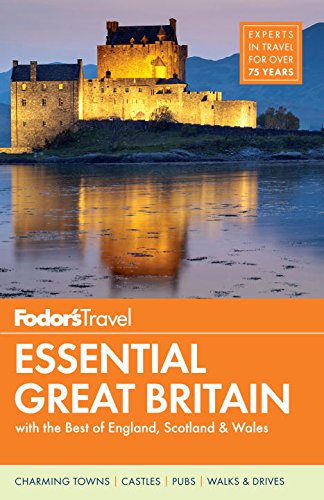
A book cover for Fodor's Essential Great Britain: with the Best of England, Scotland & Wales (Full-color Travel Guide); Fodor's; Travel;